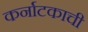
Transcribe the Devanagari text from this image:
कर्नाटकाची